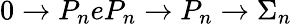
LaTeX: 0\rightarrow P_{n}eP_{n}\rightarrow P_{n}\rightarrow\Sigma_{n}